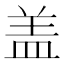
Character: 盖